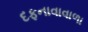
દફનાવાવાળા